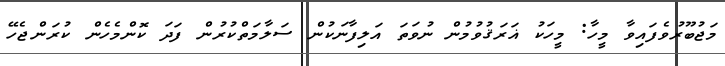
މަޖުބޫރުވެފައިވާ މީހާ: މީހަކު ޣަރަޤުވުމުން ނުވަތަ އަލިފާނަކުން ސަލާމަތްކުރުން ފަދަ ކޮންމެހެން ކުރަންޖެހޭ